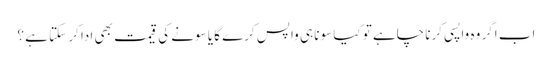
اب اگر وہ واپسی کرنا چاہے تو کیا سونا ہی واپس کرے گا یا سونے کی قیمت بھی ادا کر سکتا ہے ؟